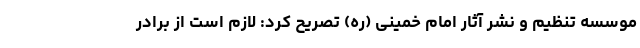
موسسه تنظیم و نشر آثار امام خمینی (ره) تصریح کرد: لازم است از برادر